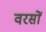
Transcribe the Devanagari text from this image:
वरसों